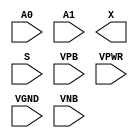
module sky130_fd_sc_hvl__mux2 (
    //# {{data|Data Signals}}
    input  A0  ,
    input  A1  ,
    output X   ,

    //# {{control|Control Signals}}
    input  S   ,

    //# {{power|Power}}
    input  VPB ,
    input  VPWR,
    input  VGND,
    input  VNB
);
endmodule